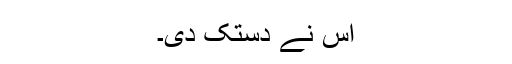
اُس نے دستک دی۔